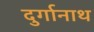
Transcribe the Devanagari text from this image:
दुर्गानाथ